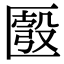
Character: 𠥚